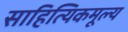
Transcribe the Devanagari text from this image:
साहित्यिकमूल्य